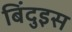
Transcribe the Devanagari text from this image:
बिंदुइस